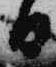
日